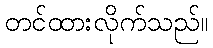
တင်ထားလိုက်သည်။